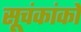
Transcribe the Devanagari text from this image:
सूचंकांकों